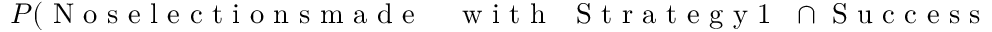
\begin{array} { r l } { P ( \mathrm { ~ N ~ o ~ s ~ e ~ l ~ e ~ c ~ t ~ i ~ o ~ n ~ s ~ m ~ a ~ d ~ e ~ } } & { { } \mathrm { ~ w ~ i ~ t ~ h ~ \textbf ~ { ~ S ~ t ~ r ~ a ~ t ~ e ~ g ~ y ~ 1 ~ } ~ } \cap \mathrm { ~ S ~ u ~ c ~ c ~ e ~ s ~ s ~ w ~ i ~ t ~ h ~ \textbf ~ { ~ S ~ t ~ r ~ a ~ t ~ e ~ g ~ y ~ 2 ~ } ~ } ) } \end{array}